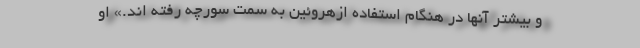
و بیشتر آنها در هنگام استفاده ازهروئین به سمت سورچه رفته اند.» او